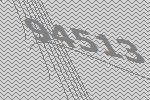
94513